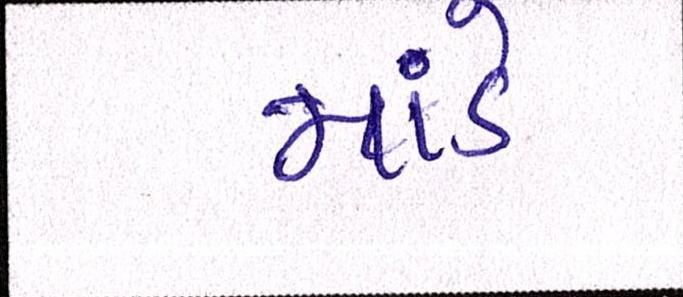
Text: માંડે